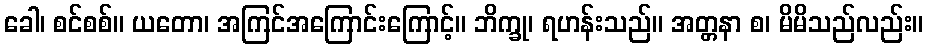
ခေါ၊ စင်စစ်။ ယတော၊ အကြင်အကြောင်းကြောင့်။ ဘိက္ခု၊ ရဟန်းသည်။ အတ္တနာ စ၊ မိမိသည်လည်း။